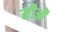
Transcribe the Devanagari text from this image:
मीओं